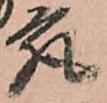
究